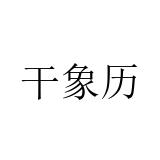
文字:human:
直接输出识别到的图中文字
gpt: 干象历